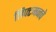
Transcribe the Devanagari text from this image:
लिफ्टमनचे